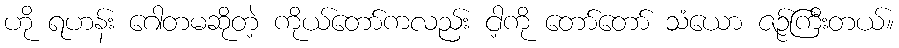
ဟို ရဟန်း ဂေါတမဆိုတဲ့ ကိုယ်တော်ကလည်း ငါ့ကို တော်တော် သံယော ဇဉ်ကြီးတယ်။